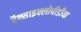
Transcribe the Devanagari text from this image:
ऍन्साइक्लोपीडीया